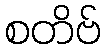
စတိဗ်